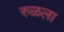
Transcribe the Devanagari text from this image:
रुळला